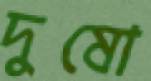
দুষো